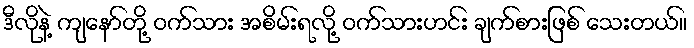
ဒီလိုနဲ့ ကျနော်တို့ ဝက်သား အစိမ်းရလို့ ဝက်သားဟင်း ချက်စားဖြစ် သေးတယ်။